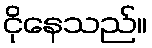
ငိုနေသည်။